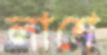
লাশে